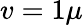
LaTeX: v=1\mu